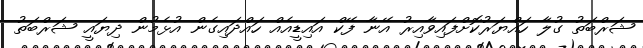
ޝަރްބަތު ގުލާ ހައްޔަރުކޮށްފައިވާއިރު އޭނާ ފޭކް އައިޑީއެއް ހައްދައިގެން އުޅެމުން ދިޔައީ ޝަރްބަތު